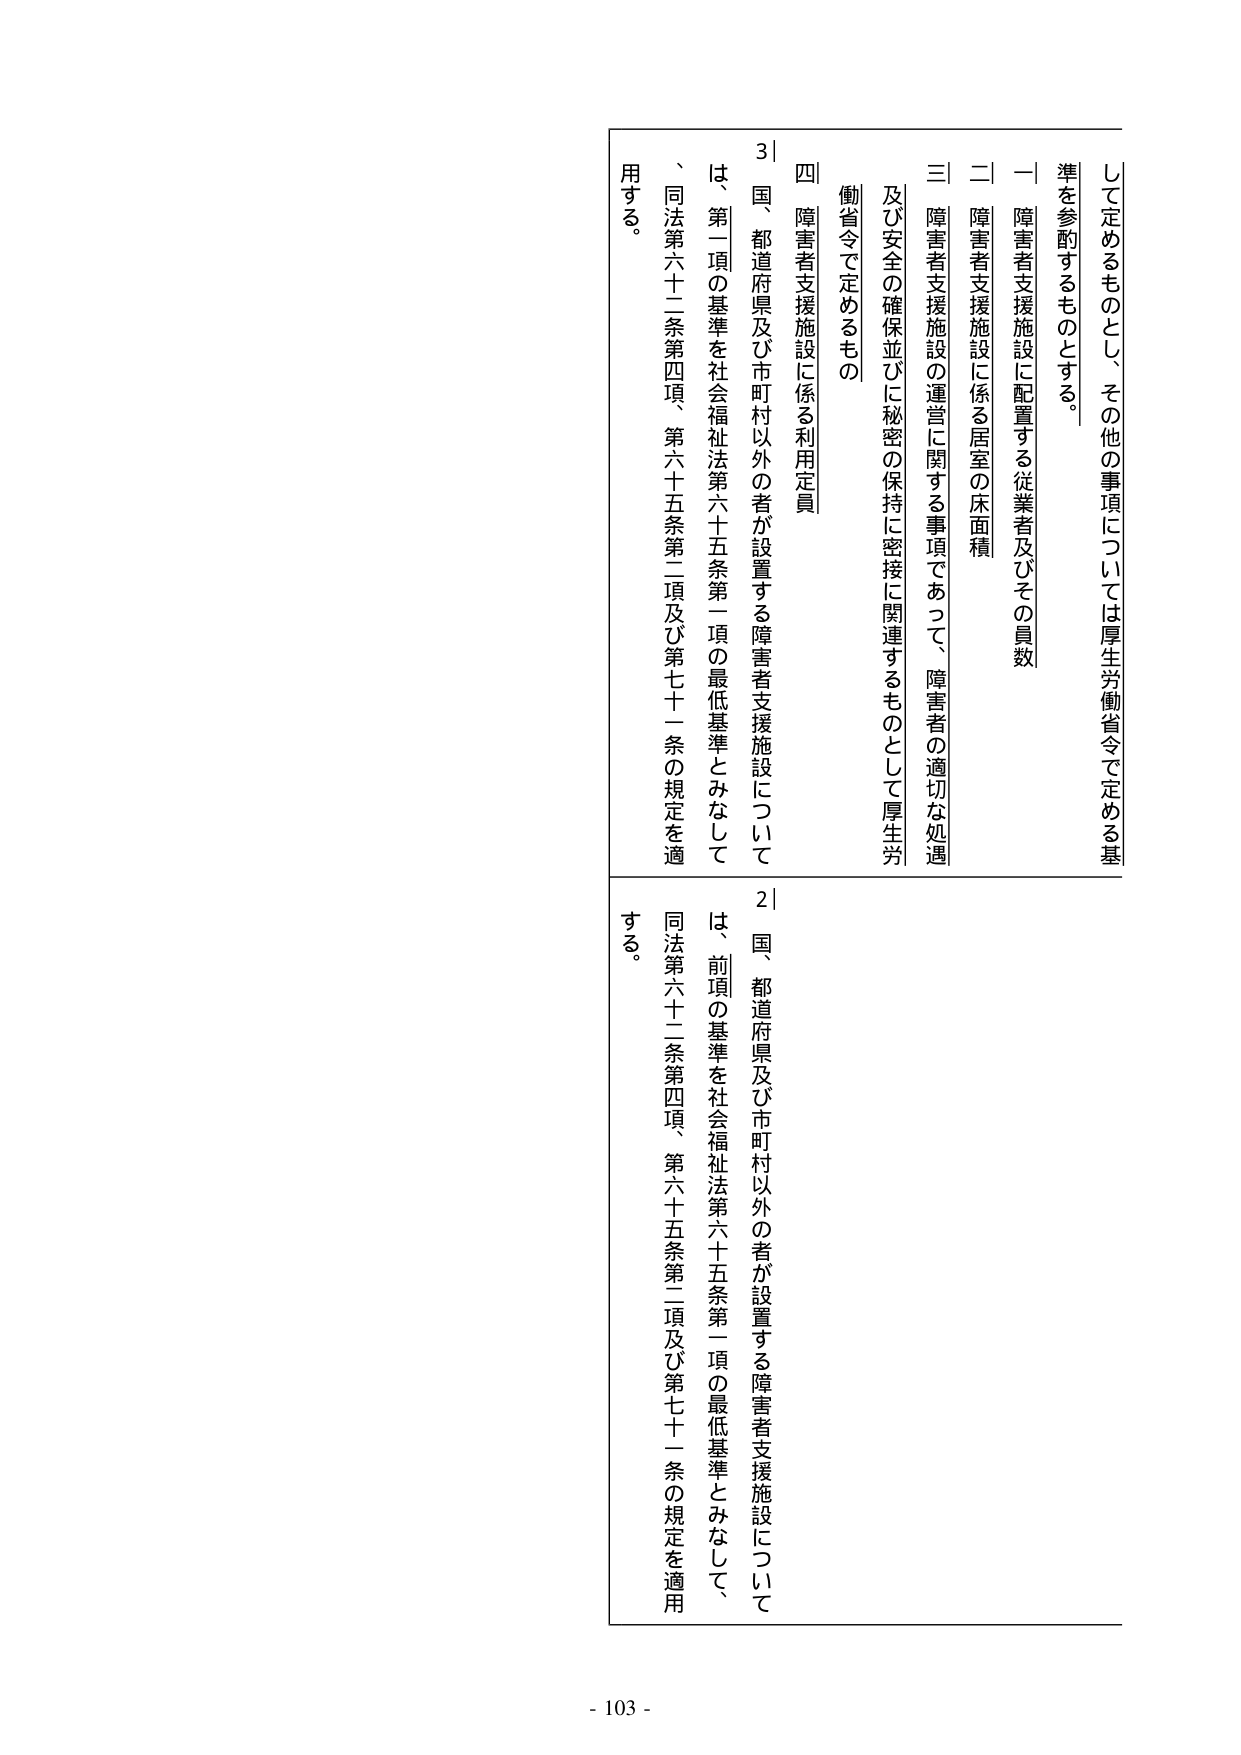
して定めるものとし、その他の事項については厚生労働省令で定める基準を参酌するものとする。

一 障害者支援施設に配置する従業者及びその員数
二 障害者支援施設に係る居室の床面積
三 障害者支援施設の運営に関する事項であって、障害者の適切な処遇及び安全の確保並びに秘密の保持に密接に関連するものとして厚生労働省令で定めるもの
四 障害者支援施設に係る利用定員

3| 国、都道府県及び市町村以外の者が設置する障害者支援施設については、第一項の基準を社会福祉法第六十五条第一項の最低基準とみなして、同法第六十二条第四項、第六十五条第二項及び第七十一条の規定を適用する。

2| 国、都道府県及び市町村以外の者が設置する障害者支援施設については、前項の基準を社会福祉法第六十五条第一項の最低基準とみなして、同法第六十二条第四項、第六十五条第二項及び第七十一条の規定を適用する。

- 103 -